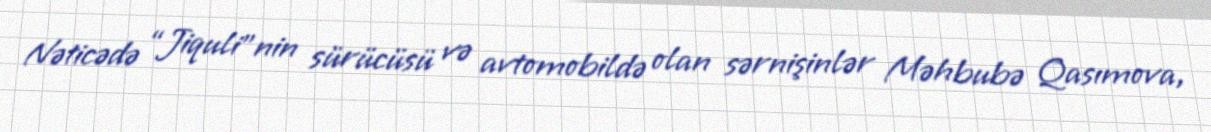
Nəticədə “Jiquli”nin sürücüsü və avtomobildə olan sərnişinlər Məhbubə Qasımova,